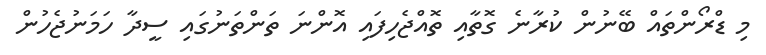
މި ޑްރޯންތައް ބޭނުން ކުރާނެ ގޮތާއި ތޮއްޖެހިފައި އޮންނަ ތަންތަނުގައި ސީދާ ހަމަނުޖެހުން